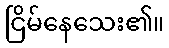
ငြိမ်နေသေး၏။